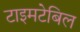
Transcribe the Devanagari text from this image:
टाइमटेबिल